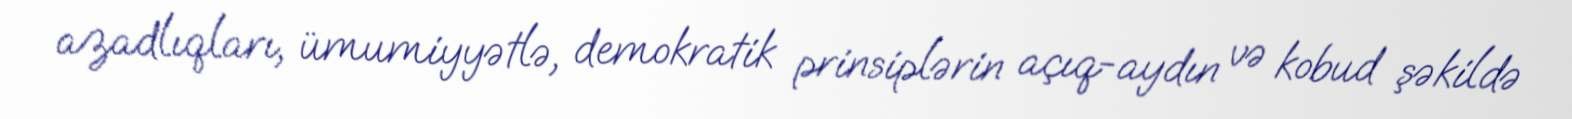
azadlıqları, ümumiyyətlə, demokratik prinsiplərin açıq-aydın və kobud şəkildə